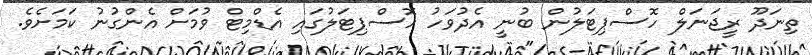
ތިނަދޫ ރީޖަނަލް ހޮސްޕިޓަލުން ބުނީ އެދުވަހު ހޮސްޕިޓަލުގައި އެޑްމިޓް ވުމަށް އެންގުނު ކަމަށެވެ.